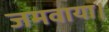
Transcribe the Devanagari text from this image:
जमवाया।